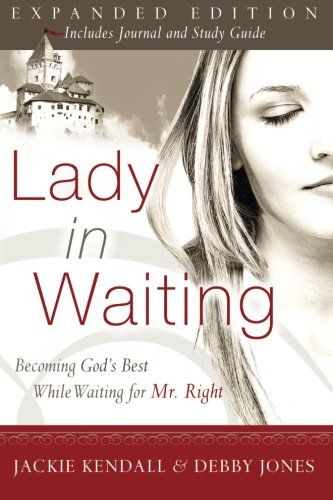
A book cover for Lady in Waiting: Becoming God's Best While Waiting for Mr. Right, Expanded Edition; Jackie Kendall; Self-Help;